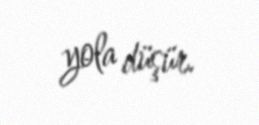
yola düşür.